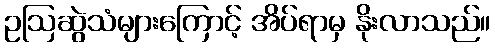
ဥဩဆွဲသံများကြောင့် အိပ်ရာမှ နိုးလာသည်။